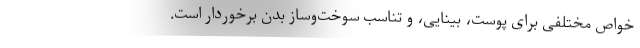
خواص مختلفی برای پوست، بینایی، و تناسب سوخت‌وساز بدن برخوردار است.